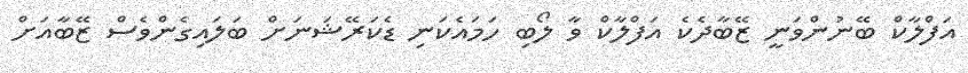
އަފްލާކް ބޭނުންވަނީ ޒޭބާދެކެ އަފްލާކް ވާ ލޯބި ހަމައެކަނި ޑެކަރޭޝަނަށް ބަލައިގެންވެސް ޒޭބާއަށް